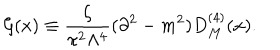
{ \cal G } ( x ) \equiv \frac { \zeta } { \pi ^ { 2 } \Lambda ^ { 4 } } ( \partial ^ { 2 } - m ^ { 2 } ) D _ { M } ^ { ( 4 ) } ( x ) .